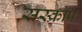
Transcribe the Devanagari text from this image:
सस्क्रोप